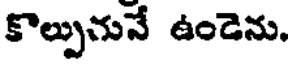
కొల్పునునే ఉండెను.